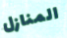
المنازل